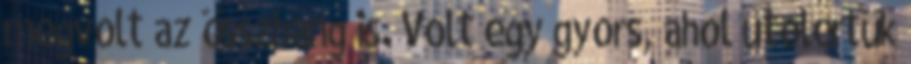
megvolt az összhang is. Volt egy gyors, ahol utolértük